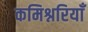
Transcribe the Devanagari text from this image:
कमिश्नरियाँ